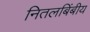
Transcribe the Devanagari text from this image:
नितलबिंबीय